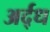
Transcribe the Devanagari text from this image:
अर्द्‌ध